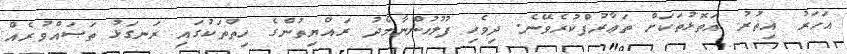
އަހަރު އިތުރު އަތޮޅުތަކަށް ތަޢާރުފްކުރެވޭނެ. ދިވެހި ފުލުހުންނާމެދު ރައްޔިތުންގެ ހިތްތަކުގައި ރަނގަޅު ތަޞައްވުރެއް